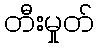
တီးမှုတ်